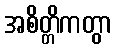
အစိတ္တိကတွာ